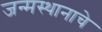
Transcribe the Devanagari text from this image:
जन्मस्थानाचे